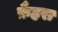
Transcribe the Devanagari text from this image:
फ़ैहरा